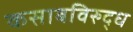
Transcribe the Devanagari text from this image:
कसाबविरुद्ध